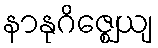
နာနုဂိဇ္ဈေယျ